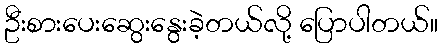
ဦးစားပေးဆွေးနွေးခဲ့တယ်လို့ ပြောပါတယ်။